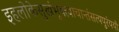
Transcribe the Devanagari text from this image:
इहलोकेसुखंभुक्त्वाचान्तंसत्यपुरंययौ